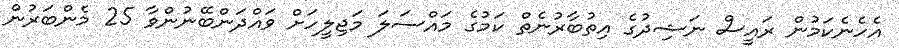
އެހެނެކަމުން ރައީސް ނަޝިދުގެ އިތުބާރުނެތް ކަމުގެ މައްސަލަ މަޖިލީހަށް ވައްދަންބޭނުންވާ 25 މެންބަރުން